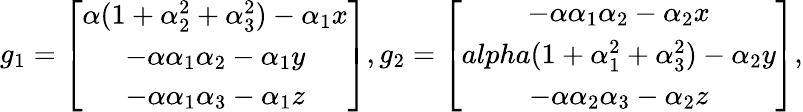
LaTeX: g_{1}=\left[\begin{array}{ccc}{\alpha(1+\alpha_{2}^{2}+\alpha_{3}^{2})-\alpha_{1}x}\\ {-\alpha\alpha_{1}\alpha_{2}-\alpha_{1}y}\\ {-\alpha\alpha_{1}\alpha_{3}-\alpha_{1}z}\end{array}\right],g_{2}=\left[\begin{array}{ccc}{-\alpha\alpha_{1}\alpha_{2}-\alpha_{2}x}\\ {alpha(1+\alpha_{1}^{2}+\alpha_{3}^{2})-\alpha_{2}y}\\ {-\alpha\alpha_{2}\alpha_{3}-\alpha_{2}z}\end{array}\right],